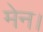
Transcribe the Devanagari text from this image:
मेन।